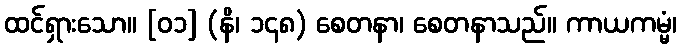
ထင်ရှားသော။ [၀၁] (နိ၊ ၁၄၈) စေတနာ၊ စေတနာသည်။ ကာယကမ္မံ၊